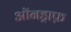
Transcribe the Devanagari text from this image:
ऑनड्राफ़